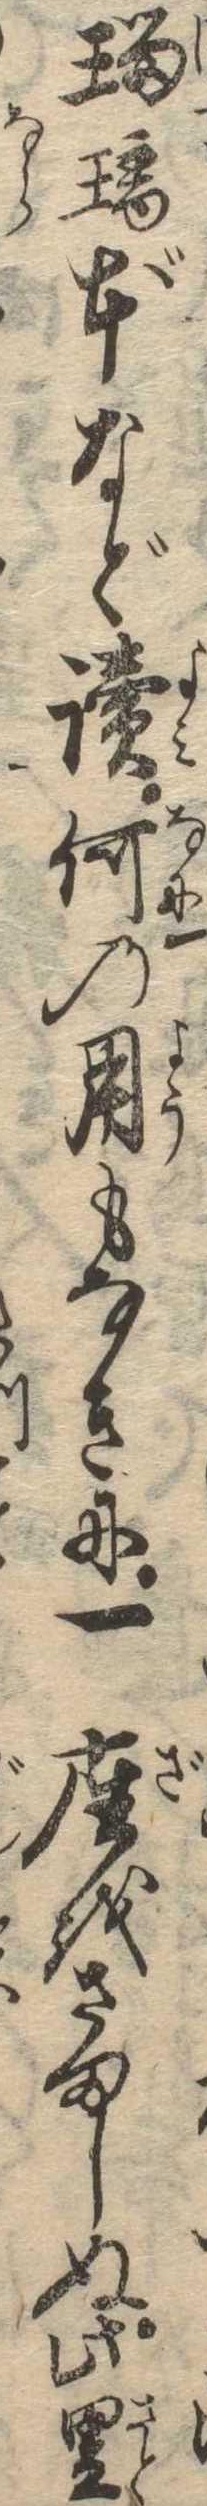
瑠璃本など読何の用もなきに一座をさましぬ此里